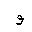
Letter: _waw